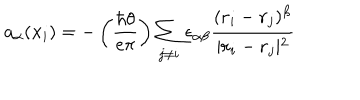
LaTeX: a _ { \alpha } ( { \bf x } _ { i } ) = - \left( { \frac { \hbar \theta } { e \pi } } \right) \sum _ { j \ne i } \epsilon _ { \alpha \beta } { \frac { ( { \bf r } _ { i } - { \bf r } _ { j } ) ^ { \beta } } { \vert { \bf r } _ { i } - { \bf r } _ { j } \vert ^ { 2 } } }